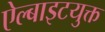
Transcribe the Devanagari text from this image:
ऐल्बाइटयुक्त